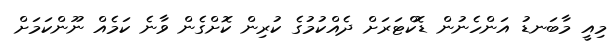
މިއީ މާބަނޑު އަންހެނުން ޑޮކްޓަރަށް ދެއްކުމުގެ ކުރިން ކޮށްގެން ވާނެ ކަމެއް ނޫންކަމަށް